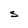
Character: S